Vaccination North-Western Provinces 1866-1877 - 1866-1877
Year: 1866
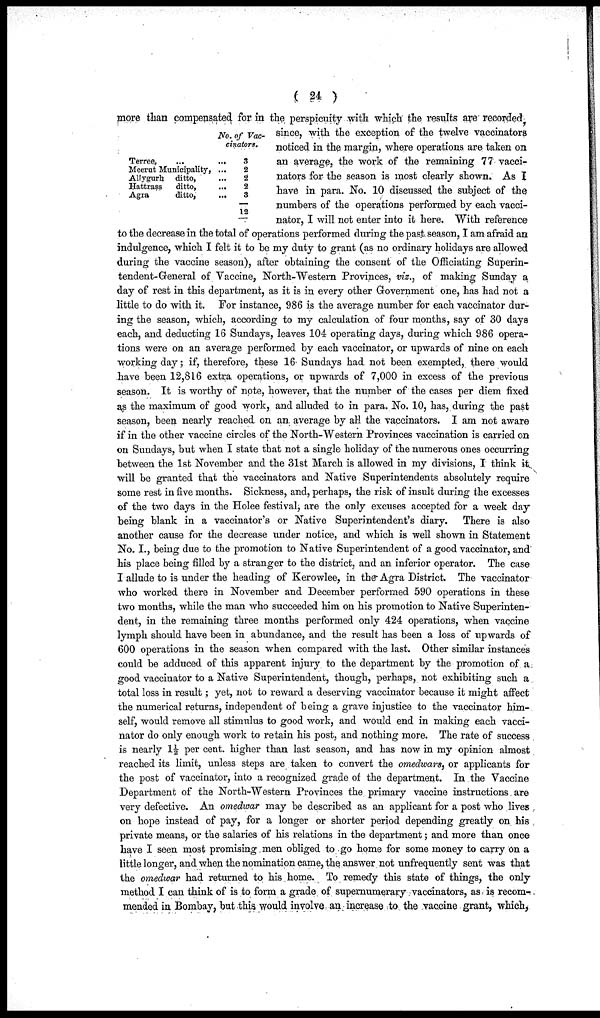
( 24 )
Terree, ... ...
Meerut Municipality, ...
Allygurh ditto, ...
Hattrass ditto, ...
Agra
ditto, ...
No. of Vac-
cinators.
3
2
2
2
3
12
more than compensated for in the perspicuity with which the results are recorded,
since, with the exception of the twelve vaccinators
noticed in the margin, where operations are taken on
an average, the work of the remaining 77 vacci-
nators for the season is most clearly shown. As I
have in para. No. 10 discussed the subject of the
numbers of the operations performed by each vacci-
nator, I will not enter into it here. With reference
to the decrease in the total of operations performed during the past season, I am afraid an
indulgence, which I felt it to be my duty to grant (as no ordinary holidays are allowed
during the vaccine season), after obtaining the consent of the Officiating Superin-
tendent-General of Vaccine, North-Western Provinces, viz., of making Sunday a
day of rest in this department, as it is in every other Government one, has had not a
little to do with it. For instance, 986 is the average number for each vaccinator dur-
ing the season, which, according to my calculation of four months, say of 30 days
each, and deducting 16 Sundays, leaves 104 operating days, during which 986 opera-
tions were on an average performed by each vaccinator, or upwards of nine on each
working day; if, therefore, these 16 Sundays had not been exempted, there would
have been 12,816 extra operations, or upwards of 7,000 in excess of the previous
season. It is worthy of note, however, that the number of the cases per diem fixed
as the maximum of good work, and alluded to in para. No. 10, has, during the past
season, been nearly reached on an average by all the vaccinators. I am not aware
if in the other vaccine circles of the North-Western Provinces vaccination is carried on
on Sundays, but when I state that not a single holiday of the numerous ones occurring
between the 1st November and the 31st March is allowed in my divisions, I think it
will be granted that the vaccinators and Native Superintendents absolutely require
some rest in five months. Sickness, and, perhaps, the risk of insult during the excesses
of the two days in the Holee festival, are the only excuses accepted for a week day
being blank in a vaccinator's or Native Superintendent's diary. There is also
another cause for the decrease under notice, and which is well shown in Statement
No. I., being due to the promotion to Native Superintendent of a good vaccinator, and
his place being filled by a stranger to the district, and an inferior operator. The case
I allude to is under the heading of Kerowlee, in the Agra District. The vaccinator
who worked there in November and December performed 590 operations in these
two months, while the man who succeeded him on his promotion to Native Superinten-
dent, in the remaining three months performed only 424 operations, when vaccine
lymph should have been in abundance, and the result has been a loss of upwards of
600 operations in the season when compared with the last Other similar instances
could be adduced of this apparent injury to the department by the promotion of a
good vaccinator to a Native Superintendent, though, perhaps, not exhibiting such a
total loss in result; yet, not to reward a deserving vaccinator because it might affect
the numerical returns, independent of being a grave injustice to the vaccinator him-
self, would remove all stimulus to good work, and would end in making each vacci-
nator do only enough work to retain his post, and nothing more. The rate of success
is nearly 1½ per cent. higher than last season, and has now in my opinion almost
reached its limit, unless steps are taken to convert the omedwars, or applicants for
the post of vaccinator, into a recognized grade of the department. In the Vaccine
Department of the North-Western Provinces the primary vaccine instructions are
very defective. An omedwar may be described as an applicant for a post who lives
on hope instead of pay, for a longer or shorter period depending greatly on his
private means, or the salaries of his relations in the department; and more than once
have I seen most promising men obliged to go home for some money to carry on a
little longer, and when the nomination came, the answer not unfrequently sent was that
the omedwar had returned to his home. To remedy this state of things, the only
method I can think of is to form a grade of supernumerary vaccinators, as is recom-
mended in Bombay, but this would involve an increase to the vaccine grant, which,